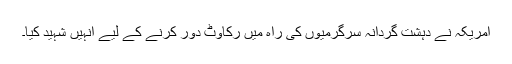
امریکہ نے دہشت گردانہ سرگرمیوں کی راہ میں رکاوٹ دور کرنے کے لیے انہیں شہید کیا۔